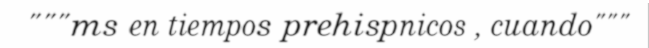
"""ms en tiempos prehispnicos , cuando"""